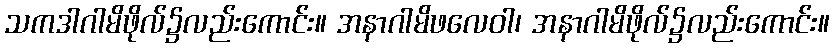
သကဒါဂါမိဖိုလ်၌လည်းကောင်း။ အနာဂါမိဖလေဝါ၊ အနာဂါမိဖိုလ်၌လည်းကောင်း။